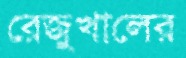
রেজুখালের